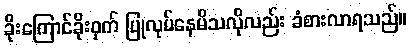
ခိုးကြောင်ခိုးဝှက် ပြုလုပ်နေမိသလိုလည်း ခံစားလာရသည်။